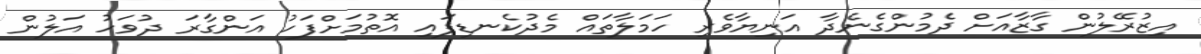
އިޒުރޭލުން ގާޒާއަށް ދެމުންގެނެދާ އަނިޔާވެރި ހަމަލާތައް މެދުކެނޑިފައި އޮތުމަށްފަހު އަންގާރަ ދުވަހު އަލުން